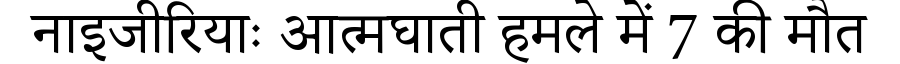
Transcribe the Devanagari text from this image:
नाइजीरियाः आत्मघाती हमले में 7 की मौत